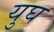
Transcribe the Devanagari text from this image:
युघ